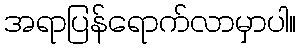
အရာပြန်ရောက်လာမှာပါ။